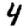
Digit: 4